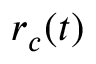
r _ { c } ( t )